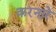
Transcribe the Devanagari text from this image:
करनारे